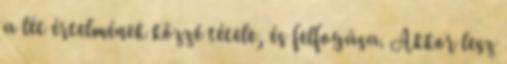
a lét értelmének közzé tétele, és felfogása. Akkor lesz